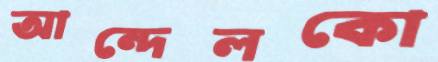
আন্দেলকো